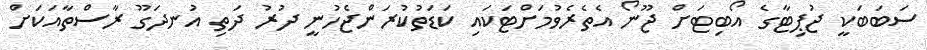
ސަބަބަކީ ޖުޕިޓާގެ އޯބިޓަށް ޖޫނޯ އެތެރެވުމަށްޓަކައި ކަޑަތުކުރަންޖެހުނީ ދުރު ދަތި އުނދަގޫ ރާސްތާއަކަށް